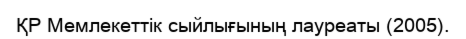
ҚР Мемлекеттік сыйлығының лауреаты (2005).